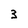
Character: 3